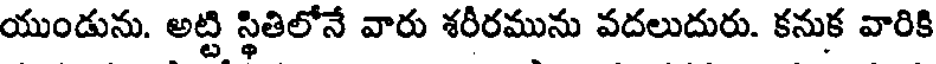
యుండును. అట్టి స్థితిలోనే వారు శరీరమును వదలుదురు. కనుక వారికి